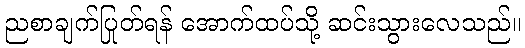
ညစာချက်ပြုတ်ရန် အောက်ထပ်သို့ ဆင်းသွားလေသည်။